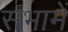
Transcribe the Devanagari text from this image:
सभामें